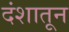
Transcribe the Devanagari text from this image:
दंशातून